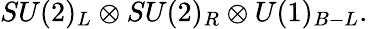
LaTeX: SU(2)_{L}\otimes SU(2)_{R}\otimes U(1)_{B-L}.